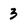
Character: 3